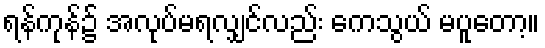
ရန်ကုန်၌ အလုပ်မရလျှင်လည်း ကေသွယ် မပူတော့။